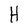
Character: H